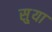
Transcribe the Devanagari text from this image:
सु्या